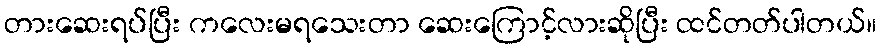
တားဆေးရပ်ပြီး ကလေးမရသေးတာ ဆေးကြောင့်လားဆိုပြီး ထင်တတ်ပါတယ်။